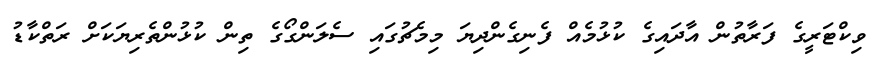
ވިކްޓަރީގެ ފަރާތުން އާދައިގެ ކުޅުމެއް ފެނިގެންދިޔަ މިމެޗުގައި ސެލަންގޯގެ ތިން ކުޅުންތެރިޔަކަށް ރަތްކާޑު